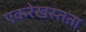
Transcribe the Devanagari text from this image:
एकरेखस्तता